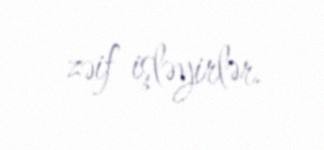
zəif işləyirlər.